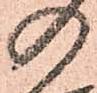
の